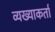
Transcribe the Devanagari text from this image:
व्यख्याकर्ता